Vaccination Hyderabad 1872-1889 - 1872-1889
Year: 1872
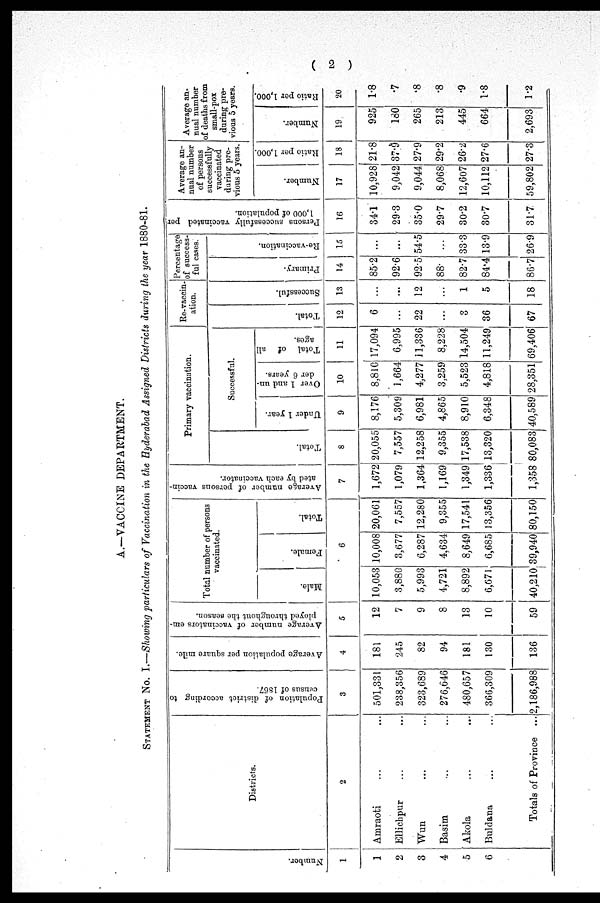
( 2 )
A.—VACCINE DEPARTMENT.
STATEMENT No. I.—Showing particulars of Vaccination in the Hyderabad Assigned Districts during the year 1880-81.
Number.
1
1
2
3
4
5
6
Districts.
2
Amraoti ... ...
Ellichpur ... ...
Wun ... ...
Basim ... ...
Akola ... ...
Buldana ... ...
Totals of Province ...
Population of district according to
census of 1867.
3
501,331
238,356
323,689
276,646
480,657
366,309
2,186,988
Average population per square mile.
4
181
245
82
94
181
130
136
Average number of vaccinators em-
ployed throughout the season.
5
12
7
9
8
13
10
59
Total number of persons
vaccinated.
Male.
Female.
Total.
6
10,053
3,880
5,993
4,721
8,892
6,671
40,210
10,008
3,677
6,287
4,634
8,649
6,685
39,940
20,061
7,557
12,280
9,355
17,541
13,356
80,150
Average number of persons vaccin-
ated by each vaccinator.
7
1,672
1,079
1,364
1,169
1,349
1,336
1,358
Primary vaccination.
Total.
8
20,055
7,557
12,258
9,355
17,538
13,320
80,083
Successful.
Under 1 year.
9
8,176
5,309
6,981
4,865
8,910
6,348
40,589
Over 1 and un-
der 6 years.
10
8,810
1,664
4,277
3,259
5,523
4,818
28,351
Total of all
ages.
11
17,094
6,995
11,336
8,228
14,504
11,249
69,406
Re-vaccin-
ation.
Total.
12
6
...
22
...
...
36
67
Successful.
13
...
...
12
...
1
5
18
Percentage
of success-
ful cases.
Primary.
14
85.2
92.6
92.5
88.
82.7
84.4
86.7
Re-vaccination.
15
...
...
54.5
...
33.3
13.9
26.9
Persons successfully vaccinated per
1,000
of
population.
16
34.1
29.3
35.0
29.7
30.2
30.7
31.7
Average an-
nual number
of persons
successfully
vaccinated
during pre-
vious 5 years.
Number.
17
10,928
9,042
9,044
8,068
12,607
10,112
59,802
Ratio per 1,000.
18
21.8
37.9
27.9
29.2
26.2
27.6
27.3
Average an-
nual number
of deaths from
small-pox
during pre-
vious 5 years.
Number.
19
925
180
265
213
445
664
2,693
Ratio per 1,000.
20
1.8
.7
.8
.8
.9
1.8
1.2